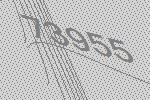
73955